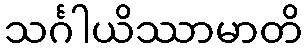
သင်္ဂါယိဿာမာတိ